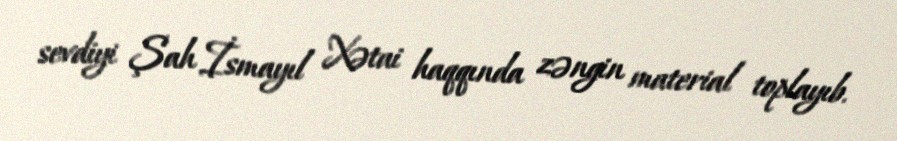
sevdiyi Şah İsmayıl Xətai haqqında zəngin material toplayıb.